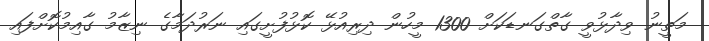
މަތީނު ވިދާޅުވީ ގާތްގަނޑަކަށް 1300 މީހުން ދިރިއުޅޭ ކޮޅުފުށީގައި ނަރުދަމާގެ ނިޒާމު ގާއިމުކޮށްފައި